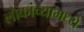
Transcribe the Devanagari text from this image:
लोकांच्यामध्ये